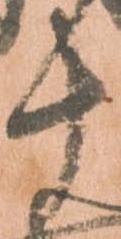
十